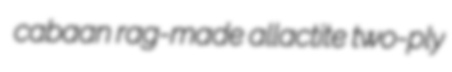
cabaan rag-made allactite two-ply